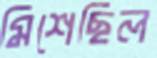
মিশেছিল